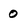
Character: 0